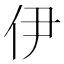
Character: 伊